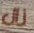
زال